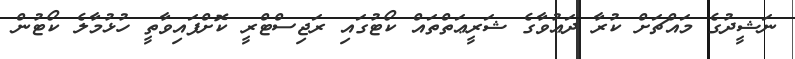
ނަޝީދުގެ މައްޗަށް ކުރާ ދަޢުވާގެ ޝަރީޢަތްތައް ކޯޓުގައި ރަޖިސްޓްރީ ކޮށްފައިވާތީ ހުޅުމާލެ ކޯޓުން